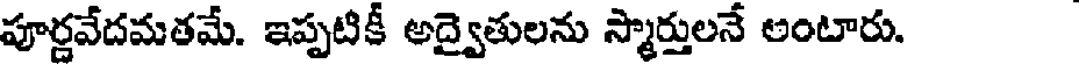
పూర్ణవేదమతమే. ఇప్పటికీ అద్వైతులను స్మార్తులనే అంటారు.